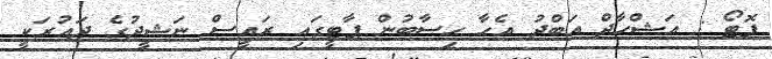
ފޮޓޯ : އަޝްހާދް އަބްދު އެހާ ހިސާބުން ޕާޓީގައި ރައީސް ނަޝީދުގެ ދައުރަކީ